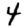
Digit: 4